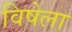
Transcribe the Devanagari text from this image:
विषेला